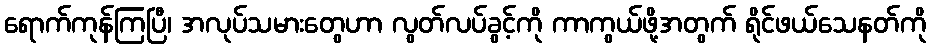
ရောက်ကုန်ကြပြီ၊ အလုပ်သမားတွေဟာ လွတ်လပ်ခွင့်ကို ကာကွယ်ဖို့အတွက် ရိုင်ဖယ်သေနတ်ကို